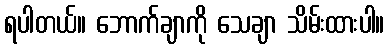
ရပါတယ်။ ဘောက်ချာကို သေချာ သိမ်းထားပါ။